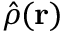
\hat { \rho } ( \ensuremath { \mathbf { r } } )